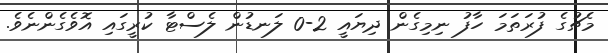
މެޗުގެ ފުރަތަމަ ހާފު ނިމިގެން ދިޔައީ 2-0 ލަނޑުން ލެސްޓާ ކުރީގައި އޮވެގެންނެވެ.